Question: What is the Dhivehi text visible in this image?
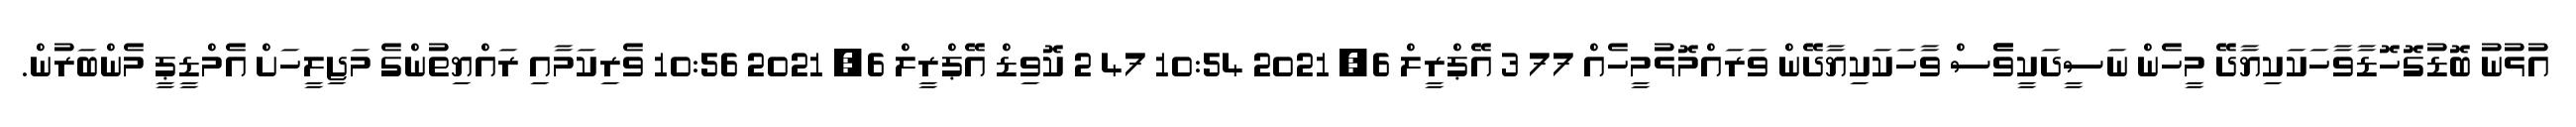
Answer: އުޅުނު ބޮޑުގޮހޮޑާވާހަކަކިޔާދޭ މީހެން ނަސީދަކީވެެސް ވާހަކަކިޔާދޭން ވަރައްމޮޅުމީހެއް 77 3 އޭޕްރީލް 6, 2021 10:54 47 2 ކޮވިޑް އޭޕްރީލް 6, 2021 10:56 ވެރިކަމާއި ރައްޔިތުންގެ މަޖިލީހަށް އެމްޑީޕީ މެންބަރުން.